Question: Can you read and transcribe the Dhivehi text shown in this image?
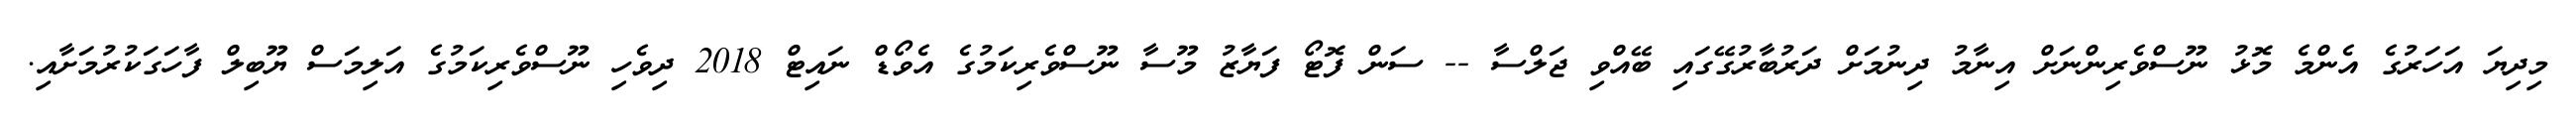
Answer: މިދިޔަ އަހަރުގެ އެންމެ މޮޅު ނޫސްވެރިންނަށް އިނާމު ދިނުމަށް ދަރުބާރުގޭގައި ބޭއްވި ޖަލްސާ -- ސަން ފޮޓޯ ފަޔާޒު މޫސާ ނޫސްވެރިކަމުގެ އެވޯޑް ނައިޓް 2018 ދިވެހި ނޫސްވެރިކަމުގެ އަލިމަސް ޔޫބިލް ފާހަގަކުރުމަށާއި.